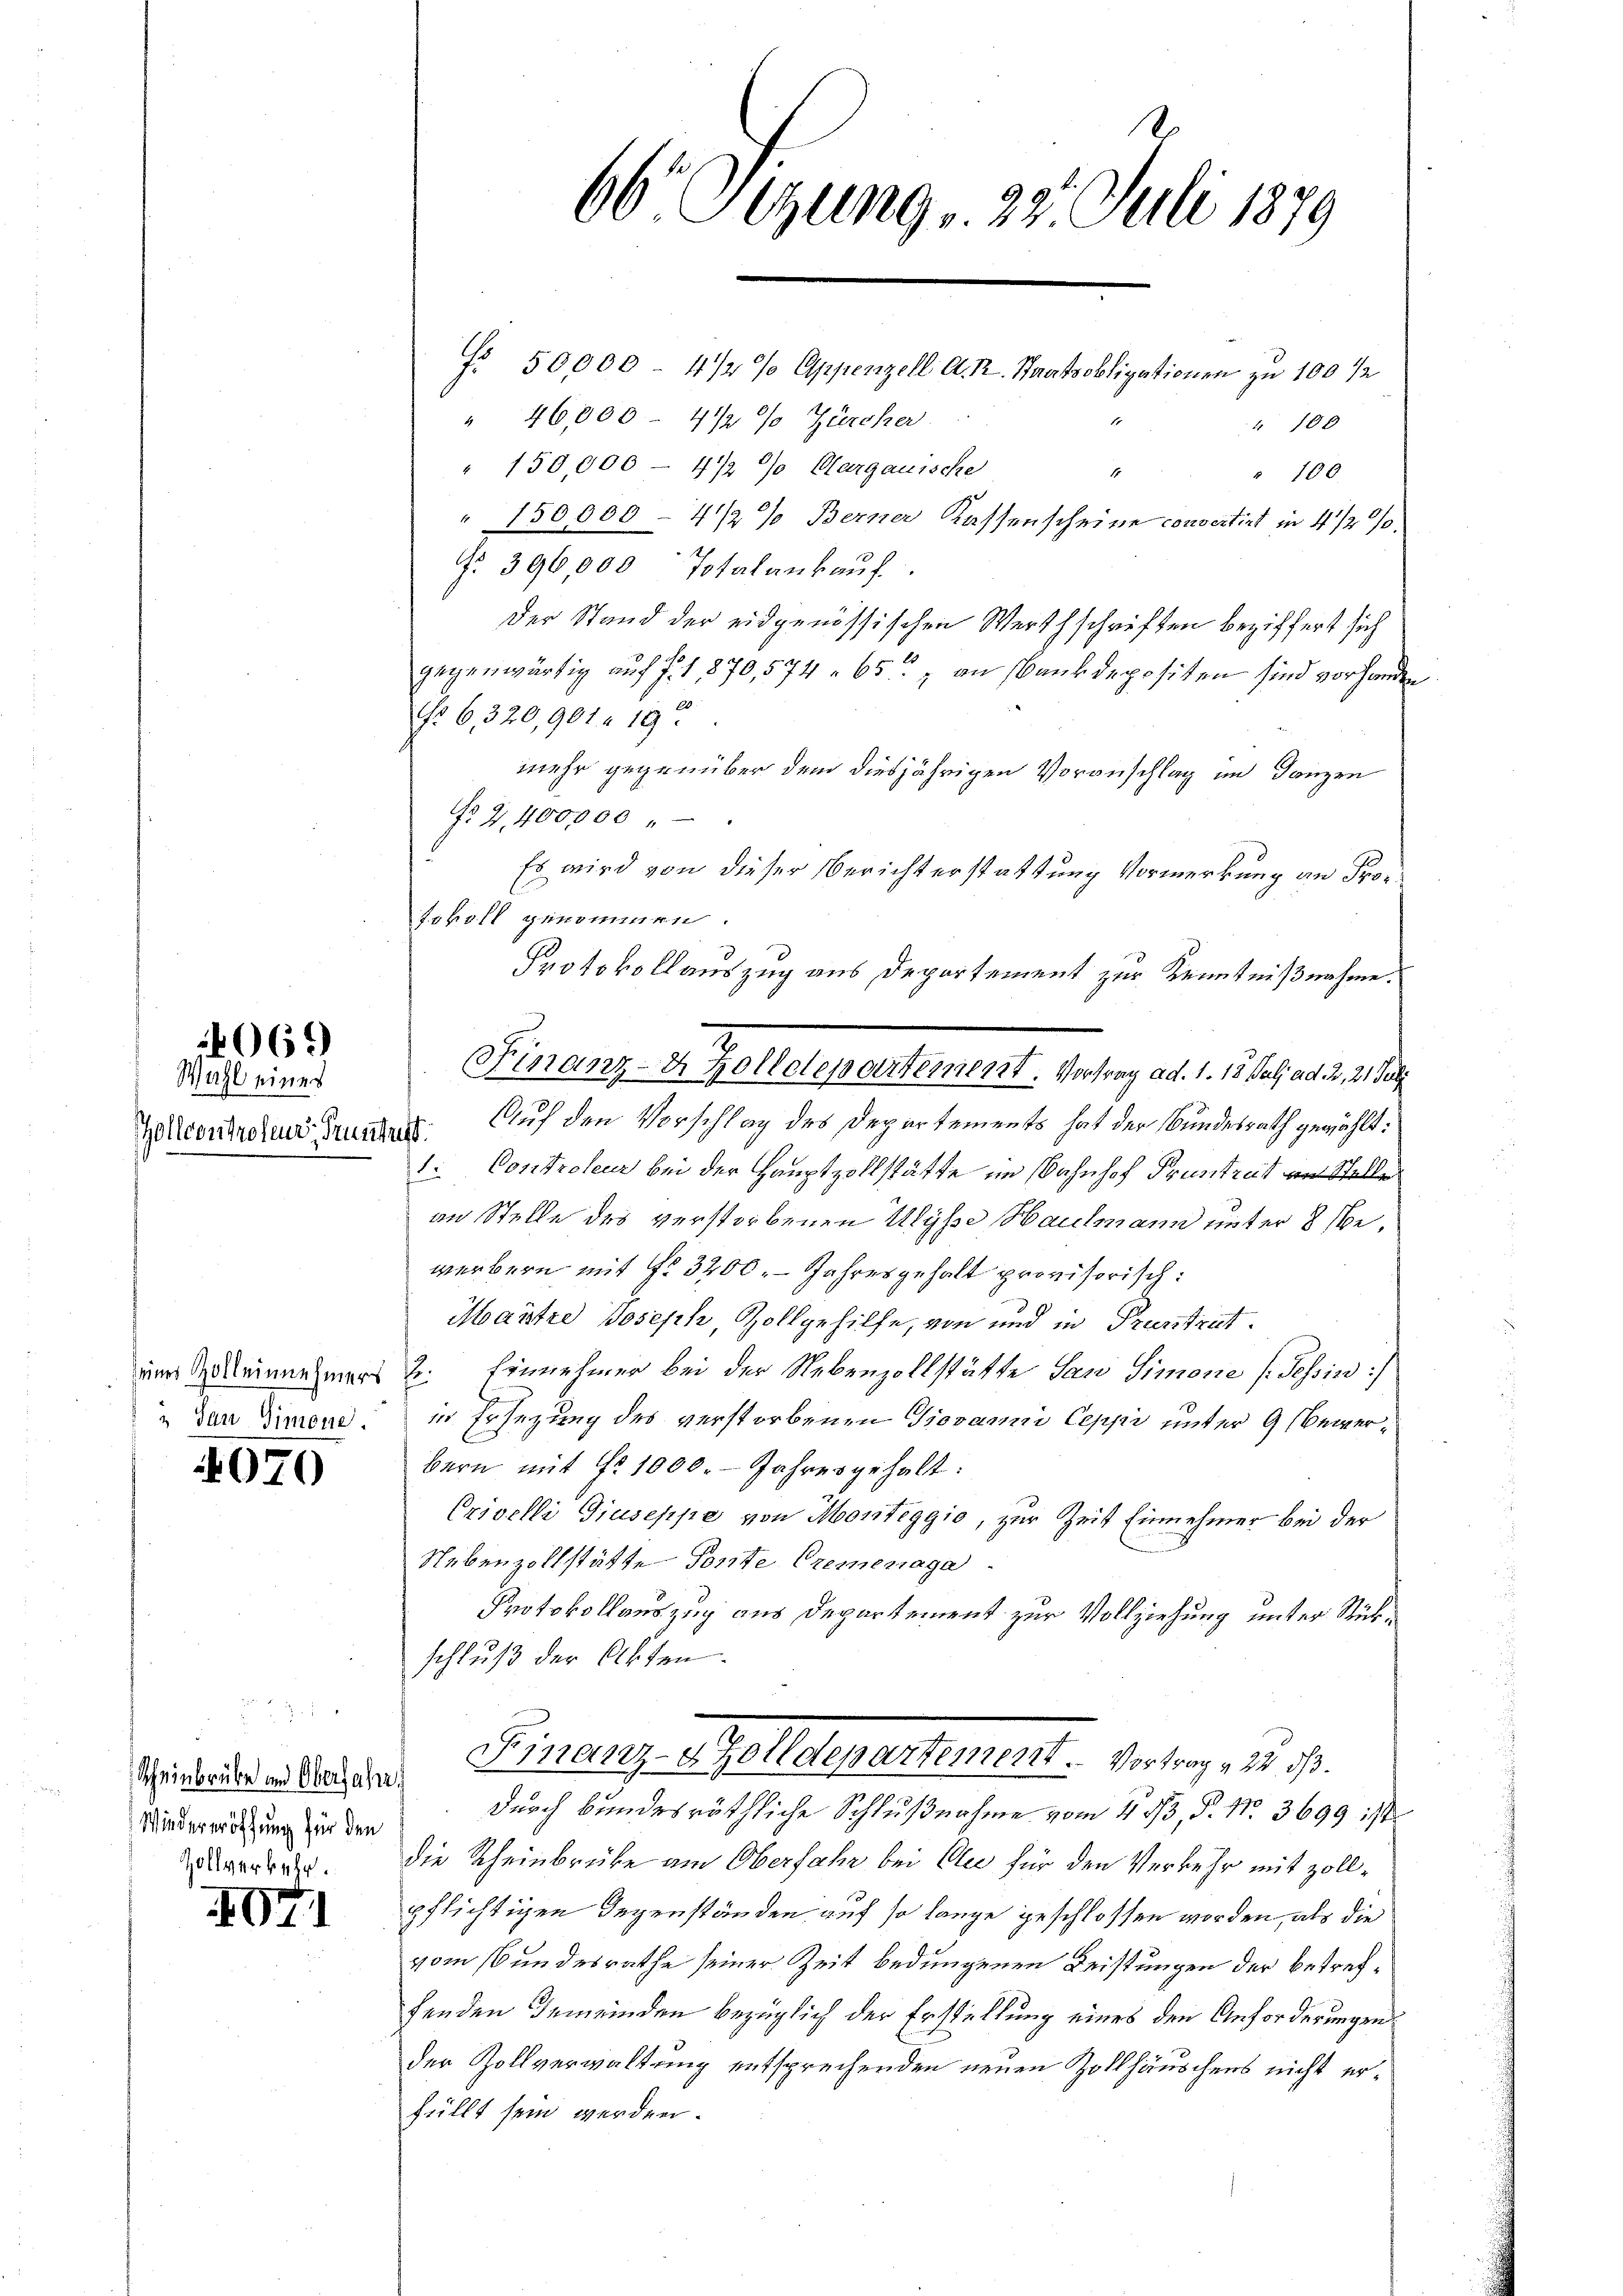
66. Segung, 27. Juli 1879

Nr 50000 - 4/2 % Appenzell A. R. Staatsobligationen zu 100 ½
" 46,000 - 4 1/2 % Zürcher
 100
" 150000 4 1/2 % Aargauische
1
" 100
" 150000 - 4 1/2% Berner Kassenscheine convertirt in 4 1/2%%.
No 396000 Totalankauf
Der Stand der eidgenössischen Werthschriften beziffert sich
gegenwärtig auf f. 1, 870,574. 65 an Bankdepositen sind vorhanden
Nr 6, 320,901. 19.
mehr gegenüber dem diesjährigen Voranschlag im Ganzen
No 2,400000
Es wird von dieser Berichterstattung Vormerkung an Protokoll genommen.
Protokollauszug aus Departement zur Kenntnißnahme.
Auf den Vorschlag des Departements hat der Bundesrath gewählt:
1. Controleur bei der Hauptzollstätte im Bahnhof Pruntrut am Stelle
an Stelle des verstorbenen Ulysse Haulmann unter 8 bewerbern mit §. 3200. Jahresgehalt provisorisch:
Mautre Joseph, Zollgehilfe, von und in Pruntrut.
2. Einnehmer bei der Nebenzollstätte San Simone (Tessin
in Ersezung des verstorbenen Giovanni Ceppi unter 9 Bewerbern mit Nr. 1000. Jahresgehalt:
Crivelli Giuseppe von Monteggio, zur Zeit Einnehmer bei der
Nebenzollstätte Ponte Cremenaga.
Protokollauszug aus Departement zur Vollziehung unter Rückschluß der Akten.
Finanz-Zolldepartement. Vortrag & 22. ds.
durch bundesräthliche Schlußnahme vom 4. 53, P. Nr. 3699 1/
die Rheinbrücke am Oberfahr bei Au für den Verkehr mit Zollpflichtigen Gegenständen auf so lange geschlossen worden, als die
vom Bundesrathe seiner Zeit bedungenen Leistungen der betreffenden Gemeinden bezüglich der Erstellung eines den Anforderungen
der Zollverwaltung entsprechenden neuen Zollhäuschens nicht erfüllt sein werden.

Finanz-Er Zolletepartement. Vortrag ad 1. 12. es ad 2. 2. J

069

Wahl eines
ollcontroleur Pruntrist.

seines Zoll einnehmers
 San Simone.

4070

Scheinbrüke und Oberfahr.
Wiedereröffung für den
Zollverkehr.

071